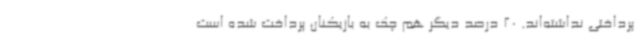
پرداختی نداشته‌اند. 20 درصد دیگر هم چک به بازیکنان پرداخت شده است